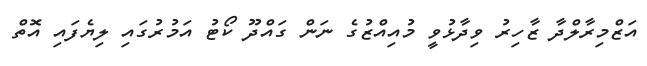
އަޒްމިރާލްދާ ޒާހިރު ވިދާޅުވީ މުއިއްޒުގެ ނަން ގައްދޫ ކޯޓު އަމުރުގައި ލިޔެފައި އޮތް